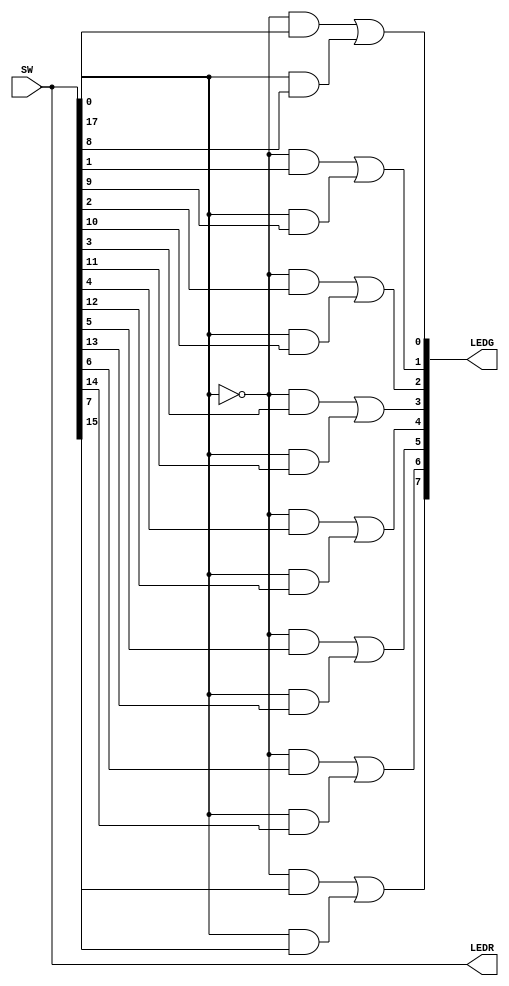
module Lab1_Part2 (SW, LEDR, LEDG);
	input [17:0] SW; // toggle switches
	output [17:0] LEDR; // red LEDs
	output [7:0] LEDG; // green LEDs
	
	assign LEDR = SW;
	
	assign x0 = SW[0];
	assign x1 = SW[1];
	assign x2 = SW[2];
	assign x3 = SW[3];
	assign x4 = SW[4];
	assign x5 = SW[5];
	assign x6 = SW[6];
	assign x7 = SW[7];
	
	assign y0 = SW[8];
	assign y1 = SW[9];
	assign y2 = SW[10];
	assign y3 = SW[11];
	assign y4 = SW[12];
	assign y5 = SW[13];
	assign y6 = SW[14];
	assign y7 = SW[15];
	
	assign s = SW[17];
	
	//Write 8 assign statements specifically for each light
   assign LEDG[0] = (~s & x0) | (s & y0);
	assign LEDG[1] = (~s & x1) | (s & y1);
	assign LEDG[2] = (~s & x2) | (s & y2);
	assign LEDG[3] = (~s & x3) | (s & y3);
	assign LEDG[4] = (~s & x4) | (s & y4);
	assign LEDG[5] = (~s & x5) | (s & y5);
	assign LEDG[6] = (~s & x6) | (s & y6);
	assign LEDG[7] = (~s & x7) | (s & y7);
	
endmodule